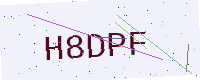
Text: H8DPF